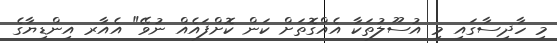
މި ހާދިސާގައި މި އުސޫލުތަކާ އެއްގޮތަށް ކަން ކޮށްފައެއް ނުވޭ" އެއާރ އިންޑިޔާގެ